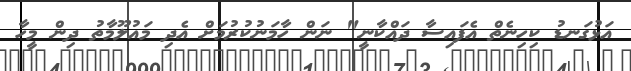
އަޅުގަނޑު ކިހިނެތް އެފައިސާ ދައްކާނީ" ނަން ހާމަނުކުރުމަށް އެދި މައުލޫމާތު ދިން މީހާ